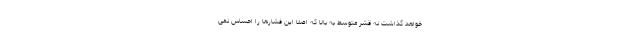
خواهد گذاشت نه قشر متوسط به بالا که اصلاً این فشارها را احساس نمی